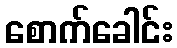
စောက်ခေါင်း